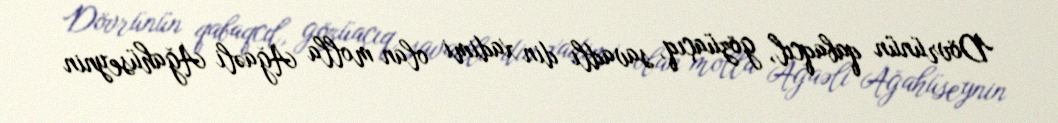
Dövrünün qabaqcıl, gözüaçıq, savadlı din xadimi olan molla Ağaəli Ağahüseynin